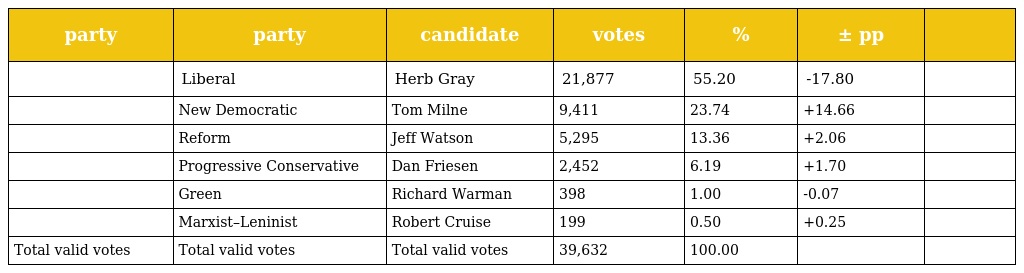
| party | party | candidate | votes | % | ± pp |  |
 | --- | --- | --- | --- | --- | --- | --- |
 |  | Liberal | Herb Gray | 21,877 | 55.20 | -17.80 |  |
 |  | New Democratic | Tom Milne | 9,411 | 23.74 | +14.66 |  |
 |  | Reform | Jeff Watson | 5,295 | 13.36 | +2.06 |  |
 |  | Progressive Conservative | Dan Friesen | 2,452 | 6.19 | +1.70 |  |
 |  | Green | Richard Warman | 398 | 1.00 | -0.07 |  |
 |  | Marxist–Leninist | Robert Cruise | 199 | 0.50 | +0.25 |  |
 | Total valid votes | Total valid votes | Total valid votes | 39,632 | 100.00 |  |  |